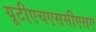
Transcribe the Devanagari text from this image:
यूटीएचएससीएसए